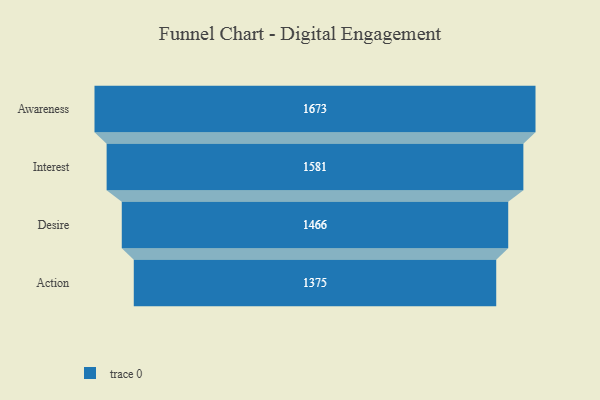
{"axis": {"x": "Stage", "y": "Value"}, "legend": [""], "data": [{"x": "Awareness", "y": 1673.0, "type": ""}, {"x": "Interest", "y": 1581.0, "type": ""}, {"x": "Desire", "y": 1466.0, "type": ""}, {"x": "Action", "y": 1375.0, "type": ""}]}